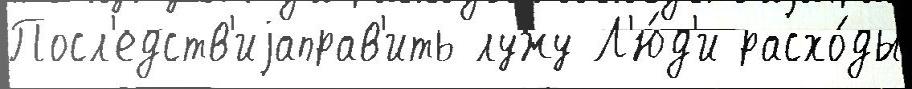
Посл'едств'иjаправ'ить лужу Л'ю́д'и расхо́ды